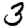
Digit: 3